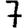
Digit: 7